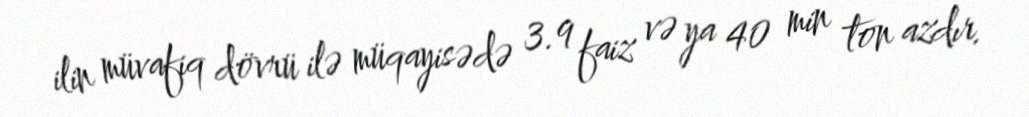
ilin müvafiq dövrü ilə müqayisədə 3.9 faiz və ya 40 min ton azdır.